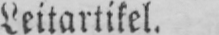
Leitartikel.